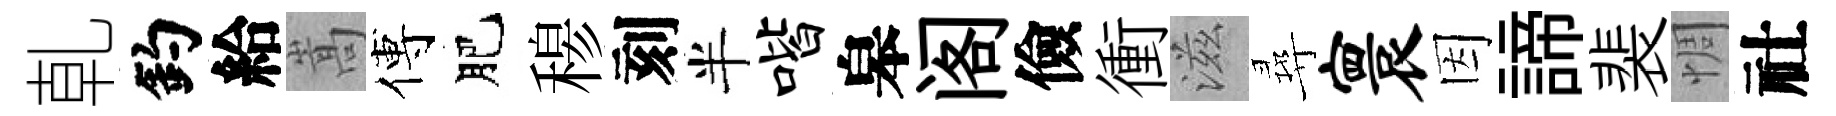
乹釣給嵩傅肥𥠇刻半喈皋阁儉衝滋尋寰因諦裴惆社